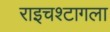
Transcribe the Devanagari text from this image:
राइचश्टागला